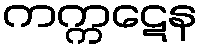
ကက္ကဋေန